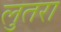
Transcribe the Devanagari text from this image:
लुतरा